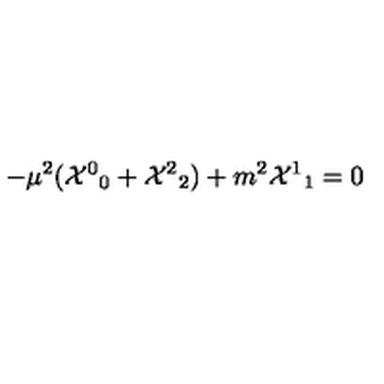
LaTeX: - \mu ^ { 2 } ( { { \cal X } ^ { 0 } } _ { 0 } + { { \cal X } ^ { 2 } } _ { 2 } ) + m ^ { 2 } { { \cal X } ^ { 1 } } _ { 1 } = 0